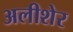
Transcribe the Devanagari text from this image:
अलीशेर